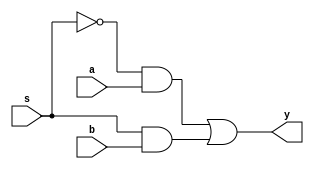
`timescale 1ns/10ps  ///

module m_mux21(a,b,s,y);
    input a,b,s;
	 output y;
	 
	 assign y=(~s&a)|(s&b);
	 
endmodule


// testbench
module m_mux21_tb;

reg a,b,s;
wire y;

m_mux21 m_mux21(
   .a(a),
   .b(b),
   .s(s),
   .y(y)
);

initial begin

     a<=0;b<=0;s<=0;
#10  a<=0;b<=0;s<=1;
#10  a<=0;b<=1;s<=0;  
#10  a<=0;b<=1;s<=1;  
#10  a<=1;b<=0;s<=0;  
#10  a<=1;b<=0;s<=1;  
#10  a<=1;b<=1;s<=0;  
#10  a<=1;b<=1;s<=1;      

end

endmodule